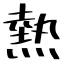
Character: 熱